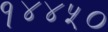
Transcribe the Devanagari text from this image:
१४४५०